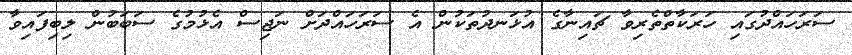
ސަރަހައްދުގައި ހަރަކާތްތެރިވާ ޗައިނާގެ އުޅަނދުތަކުން އެ ސަރަހައްދަށް ނަޖިސް އެޅުމުގެ ސަބަބުން ލިބިފައިވާ